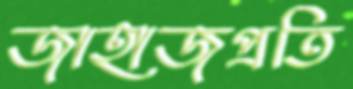
জাহাজপ্রতি